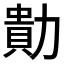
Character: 𭅁